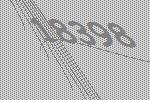
18398